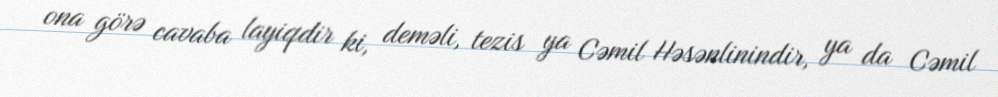
ona görə cavaba layiqdir ki, deməli, tezis ya Cəmil Həsənlinindir, ya da Cəmil